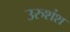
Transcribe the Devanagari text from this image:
उरुशंश